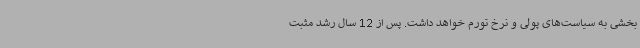
بخشی به سیاست‌های پولی و نرخ تورم خواهد داشت. پس از 12 سال رشد مثبت